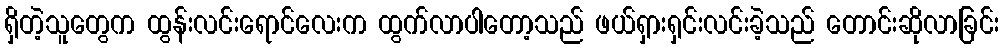
ရှိတဲ့သူတွေက ထွန်းလင်းရောင်လေးက ထွက်လာပါတော့သည် ဖယ်ရှားရှင်းလင်းခဲ့သည် တောင်းဆိုလာခြင်း